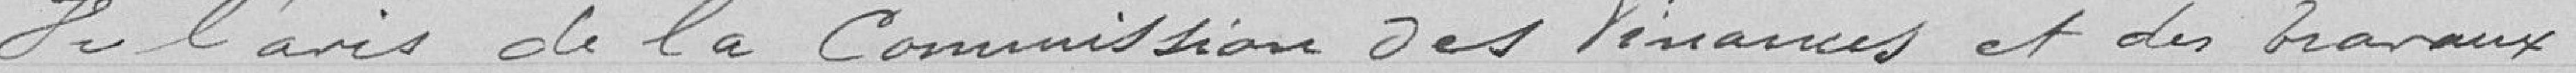
Vu l'avis de la Commission des Finances et des travaux.